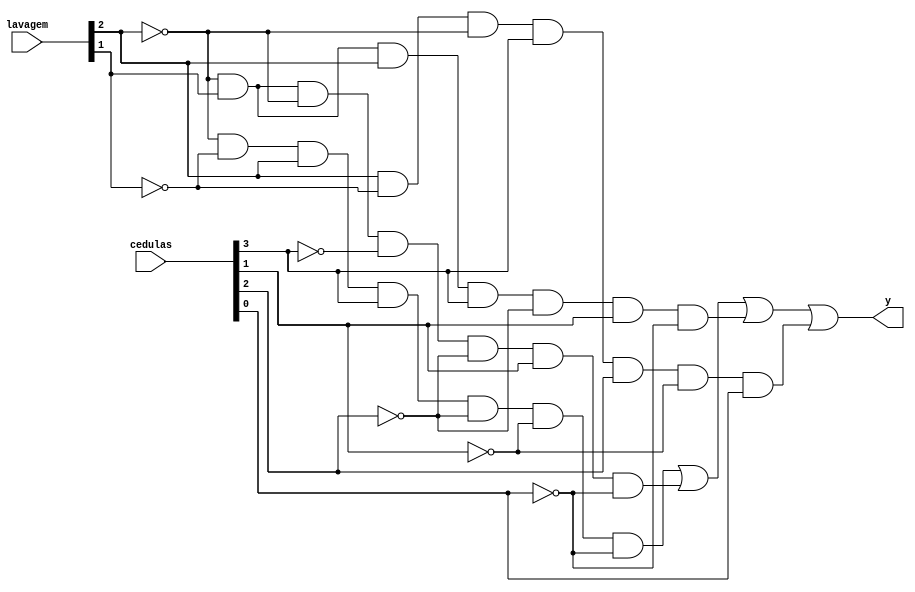
module liberarMaquina(cedulas, lavagem, y);


input [0:3] cedulas;
input [0:2] lavagem;
output y;

		
		
		wire [0:3] fio;
		and and0 (fio[0], ~lavagem[0],~lavagem[1],lavagem[0],cedulas[0],~cedulas[1],~cedulas[2],~cedulas[3]);
		and and1 (fio[1], ~lavagem[0],lavagem[1],~lavagem[0],~cedulas[0],~cedulas[1],cedulas[2],~cedulas[3]);
		and and2 (fio[2], ~lavagem[0],lavagem[1], lavagem[0],cedulas[0],~cedulas[1],cedulas[2],~cedulas[3]);
		and and3 (fio[3], lavagem[0],~lavagem[1],~lavagem[0],cedulas[0],cedulas[1],~cedulas[2],cedulas[3]);
	
		or orf(y,fio[0],fio[1],fio[2],fio[3]);

		
endmodule